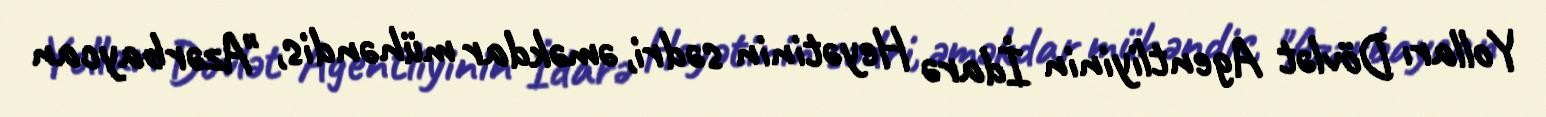
Yolları Dövlət Agentliyinin İdarə Heyətinin sədri, əməkdar mühəndis, "Azərbaycan